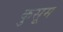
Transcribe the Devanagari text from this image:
कुसूम